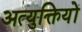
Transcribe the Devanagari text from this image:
अत्युक्तियों